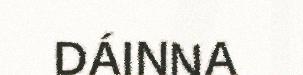
DÁINNA